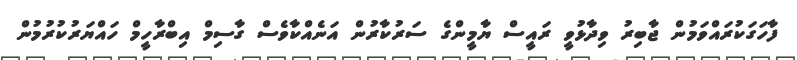
ފާހަގަކުރައްވަމުން ޖާބިރު ވިދާޅުވީ ރައީސް ޔާމީންގެ ސަރުކާރުން އަނެއްކާވެސް ގާސިމް އިބްރާހީމް ހައްޔަރުކުރުމުން